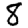
Digit: 8